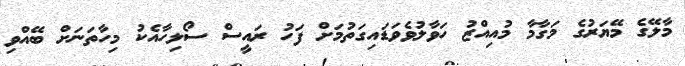
މާލޭގެ މޭޔަރުގެ މަގާމާ މުއިއްޒު ހަވާލުވެވަޑައިގަތުމަށް ފަހު ރައީސް ސޯލިހާއެކު މިހާތަނަށް ބޭއްވި